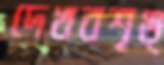
দেখবশৃঙ্